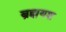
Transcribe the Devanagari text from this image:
ब्रह्मयश